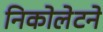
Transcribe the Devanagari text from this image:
निकोलेटने